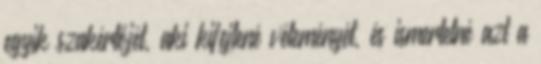
egyik szakértőjét, aki kifejtené véleményét, és ismertetné azt a